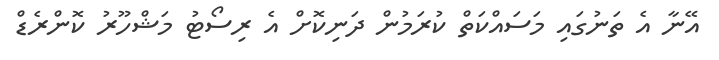
އޭނާ އެ ތަނުގައި މަސައްކަތް ކުރަމުން ދަނިކޮށް އެ ރިސޯޓު މަޝްހޫރު ކޮންރެޑް